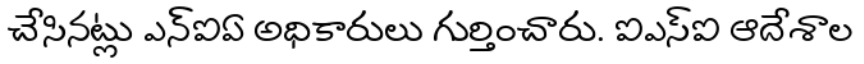
చేసినట్లు ఎన్ఐఏ అధికారులు గుర్తించారు. ఐఎస్ఐ ఆదేశాల